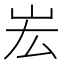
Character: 𡵦